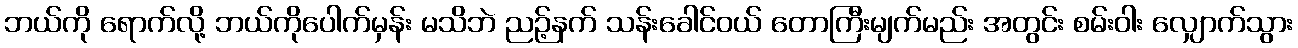
ဘယ်ကို ရောက်လို့ ဘယ်ကိုပေါက်မှန်း မသိဘဲ ညဉ့်နက် သန်းခေါင်ဝယ် တောကြီးမျက်မည်း အတွင်း စမ်းဝါး လျှောက်သွား